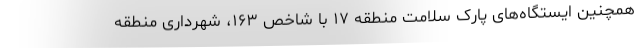
همچنین ایستگاه‌های پارک سلامت منطقه ۱۷ با شاخص ۱۶۳، شهرداری منطقه